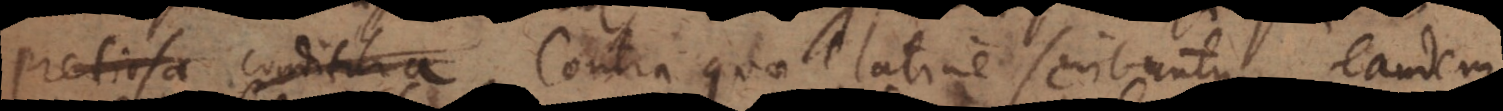
pretiosa conditura Contra quae latine scribuntur, eandem